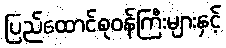
ပြည်ထောင်စုဝန်ကြီးများနှင့်